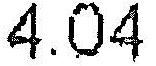
4.04